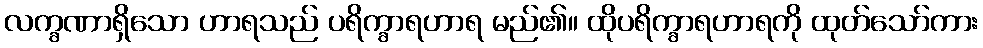
လက္ခဏာရှိသော ဟာရသည် ပရိက္ခာရဟာရ မည်၏။ ထိုပရိက္ခာရဟာရကို ထုတ်သော်ကား